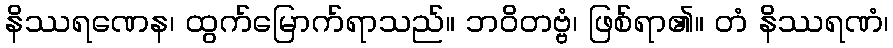
နိဿရဏေန၊ ထွက်မြောက်ရာသည်။ ဘဝိတဗ္ဗံ၊ ဖြစ်ရာ၏။ တံ နိဿရဏံ၊